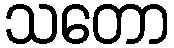
သတော